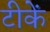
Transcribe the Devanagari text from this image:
टीकें